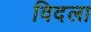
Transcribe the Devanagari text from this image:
विदला